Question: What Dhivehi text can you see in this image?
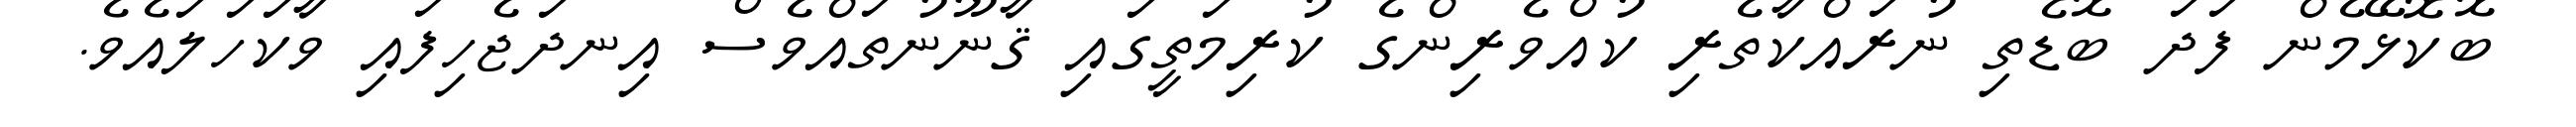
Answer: ބޮކޮޅޭމެން ފަދަ ބޮޑެތި ނުރައްކާތެރި ކުއްވެރިންގެ ކުރިމަތީގައި ޤާނޫނުތައްވެސް އިނދަޖެހިފައި ވާކަހަލައެވެ.